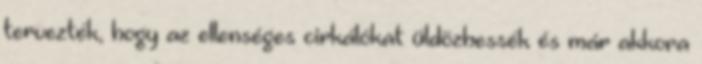
tervezték, hogy az ellenséges cirkálókat üldözhessék és már akkora